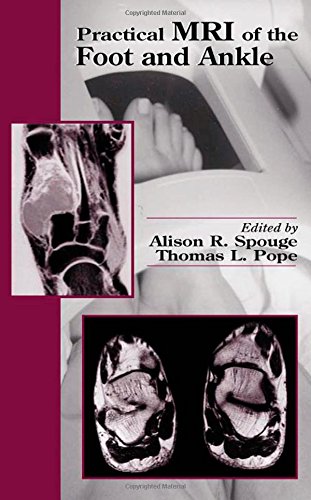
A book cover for Practical MRI of the Foot and Ankle; Medical Books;